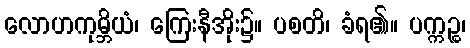
လောဟကုမ္ဘိယံ၊ ကြေးနီအိုး၌။ ပစတိ၊ ခံရ၏။ ပက္ကဉ္စ၊